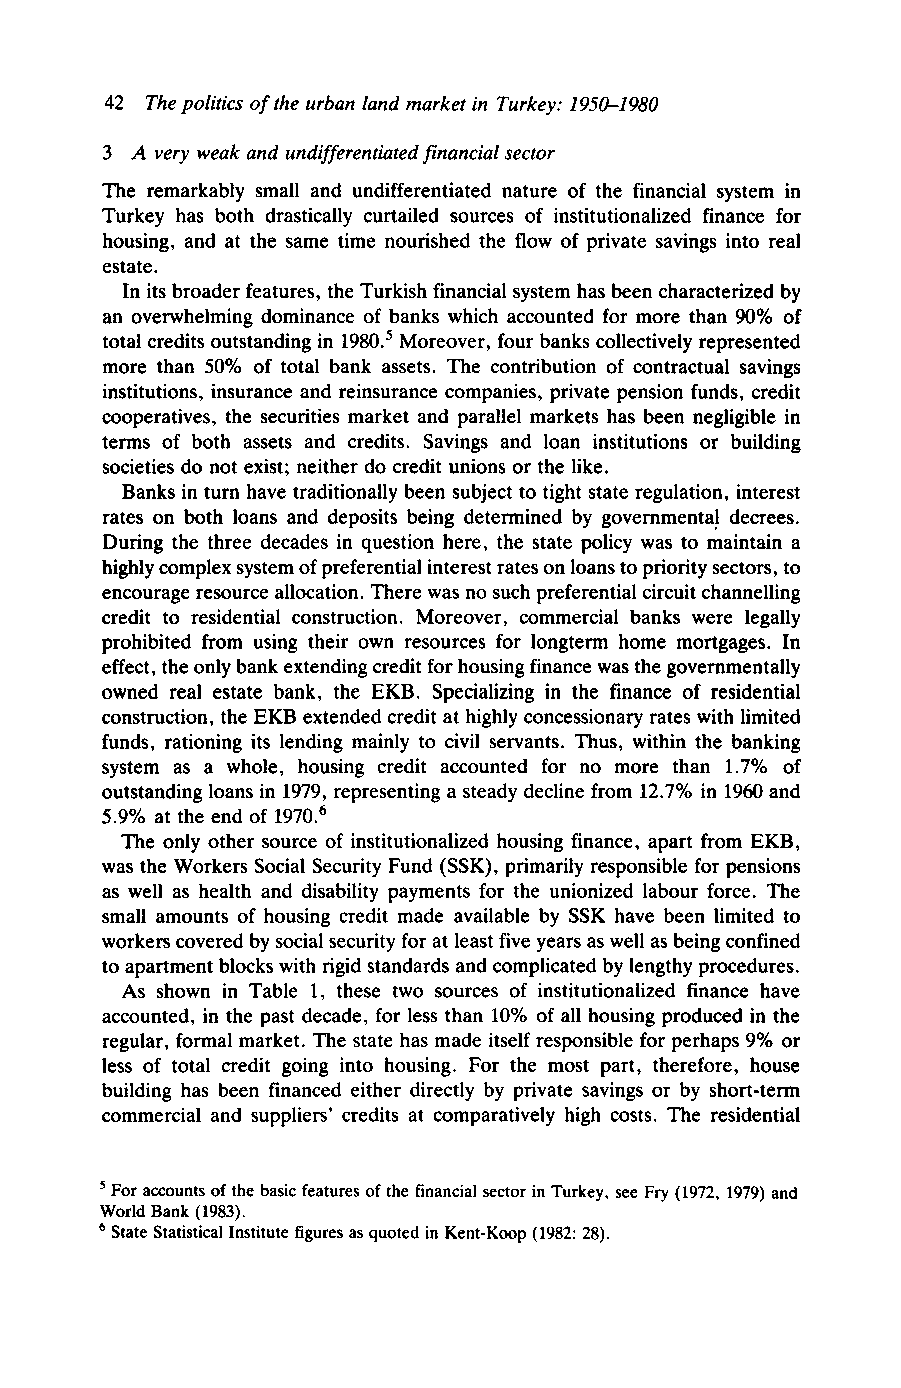
42 The politics of the urban land market in Turkey: 1950-1980
 3 A very weak and undifferentiated financial sector
 The remarkably small and undifferentiated nature of the financial system in
 Turkey has both drastically curtailed sources of institutionalized finance for
 housing, and at the same time nourished the flow of private savings into real
 estate.
 In its broader features, the Turkish financial system has been characterized by
 an overwhelming dominance of banks which accounted for more than 90% of
 total credits outstanding in 1980.5 Moreover, four banks collectively represented
 more than 50% of total bank assets. The contribution of contractual savings
 institutions, insurance and reinsurance companies, private pension funds, credit
 cooperatives, the securities market and parallel markets has been negligible in
 terms of both assets and credits. Savings and loan institutions or building
 societies do not exist; neither do credit unions or the like.
 Banks in turn have traditionally been subject to tight state regulation, interest
 rates on both loans and deposits being determined by governmental decrees.
 During the three decades in question here, the state policy was to maintain a
 highly complex system of preferential interest rates on loans to priority sectors, to
 encourage resource allocation. There was no such preferential circuit channelling
 credit to residential construction. Moreover, commercial banks were legally
 prohibited from using their own resources for longterm home mortgages. In
 effect, the only bank extending credit for housing finance was the governmentally
 owned real estate bank, the EKB. Specializing in the finance of residential
 construction, the EKB extended credit at highly concessionary rates with limited
 funds, rationing its lending mainly to civil servants. Thus, within the banking
 system as a whole, housing credit accounted for no more than 1.7% of
 outstanding loans in 1979, representing a steady decline from 12.7% in 1960 and
 5.9% at the end of 1970.6
 The only other source of institutionalized housing finance, apart from EKB,
 was the Workers Social Security Fund (SSK), primarily responsible for pensions
 as well as health and disability payments for the unionized labour force. The
 small amounts of housing credit made available by SSK have been limited to
 workers covered by social security for at least five years as well as being confined
 to apartment blocks with rigid standards and complicated by lengthy procedures.
 As shown in Table 1, these two sources of institutionalized finance have
 accounted, in the past decade, for less than 10% of all housing produced in the
 regular, formal market. The state has made itself responsible for perhaps 9% or
 less of total credit going into housing. For the most part, therefore, house
 building has been financed either directly by private savings or by short-term
 commercial and suppliers' credits at comparatively high costs. The residential
 '
 For accounts of the basic features of the financial sector in Turkey, see Fry (1972. 1979) and
 World Bank (1983).
 State Statistical Institute figures as quoted in Kent-Koop (1982: 28).